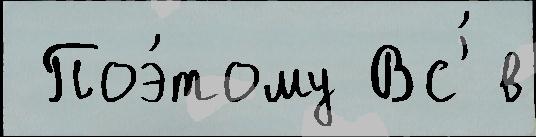
 Поэ́тому Вс'́ в